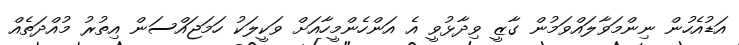
އަޑުއެހުން ނިންމަވާލައްވަމުން ގާޒީ ވިދާޅުވީ އެ އަންހެންމީހާއަށް ވަކީލަކު ހަމަޖައްސަން އިތުރު މުއްދަތެއް